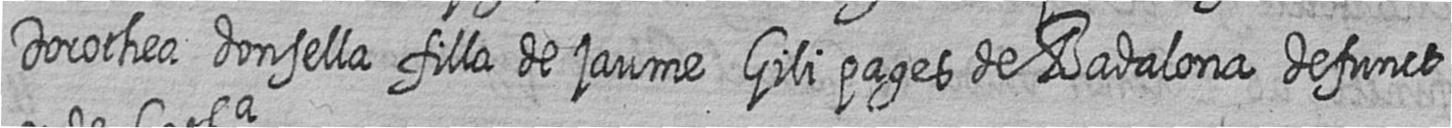
Dorothea donsella filla de jaume Gili pages de Badalona defunct